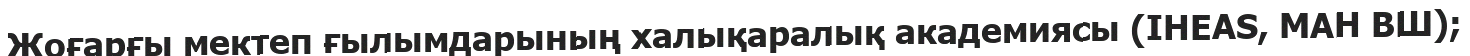
Жоғарғы мектеп ғылымдарының халықаралық академиясы (IHEAS, МАН ВШ);